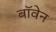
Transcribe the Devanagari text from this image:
बॉवेन